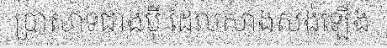
ប្រាសាទជាងប៉ី ដែលសាងសង់ឡើង